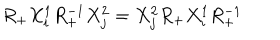
R _ { + } X _ { i } ^ { 1 } R _ { + } ^ { - 1 } X _ { j } ^ { 2 } = X _ { j } ^ { 2 } R _ { + } X _ { i } ^ { 1 } R _ { + } ^ { - 1 }